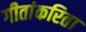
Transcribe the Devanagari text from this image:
गीतांकरिता